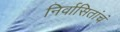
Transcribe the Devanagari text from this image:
निर्वासितांचं